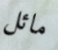
مائل